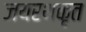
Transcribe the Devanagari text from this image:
जयरथकृत